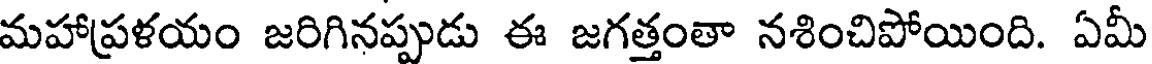
మహాప్రళయం జరిగినప్పుడు ఈ జగత్తంతా నశించిపోయింది. ఏమీ